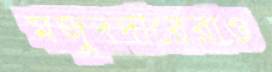
মজুদদারেরাও